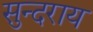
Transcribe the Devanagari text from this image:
सुन्दराय